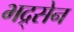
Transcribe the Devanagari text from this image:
भद्र्सेन